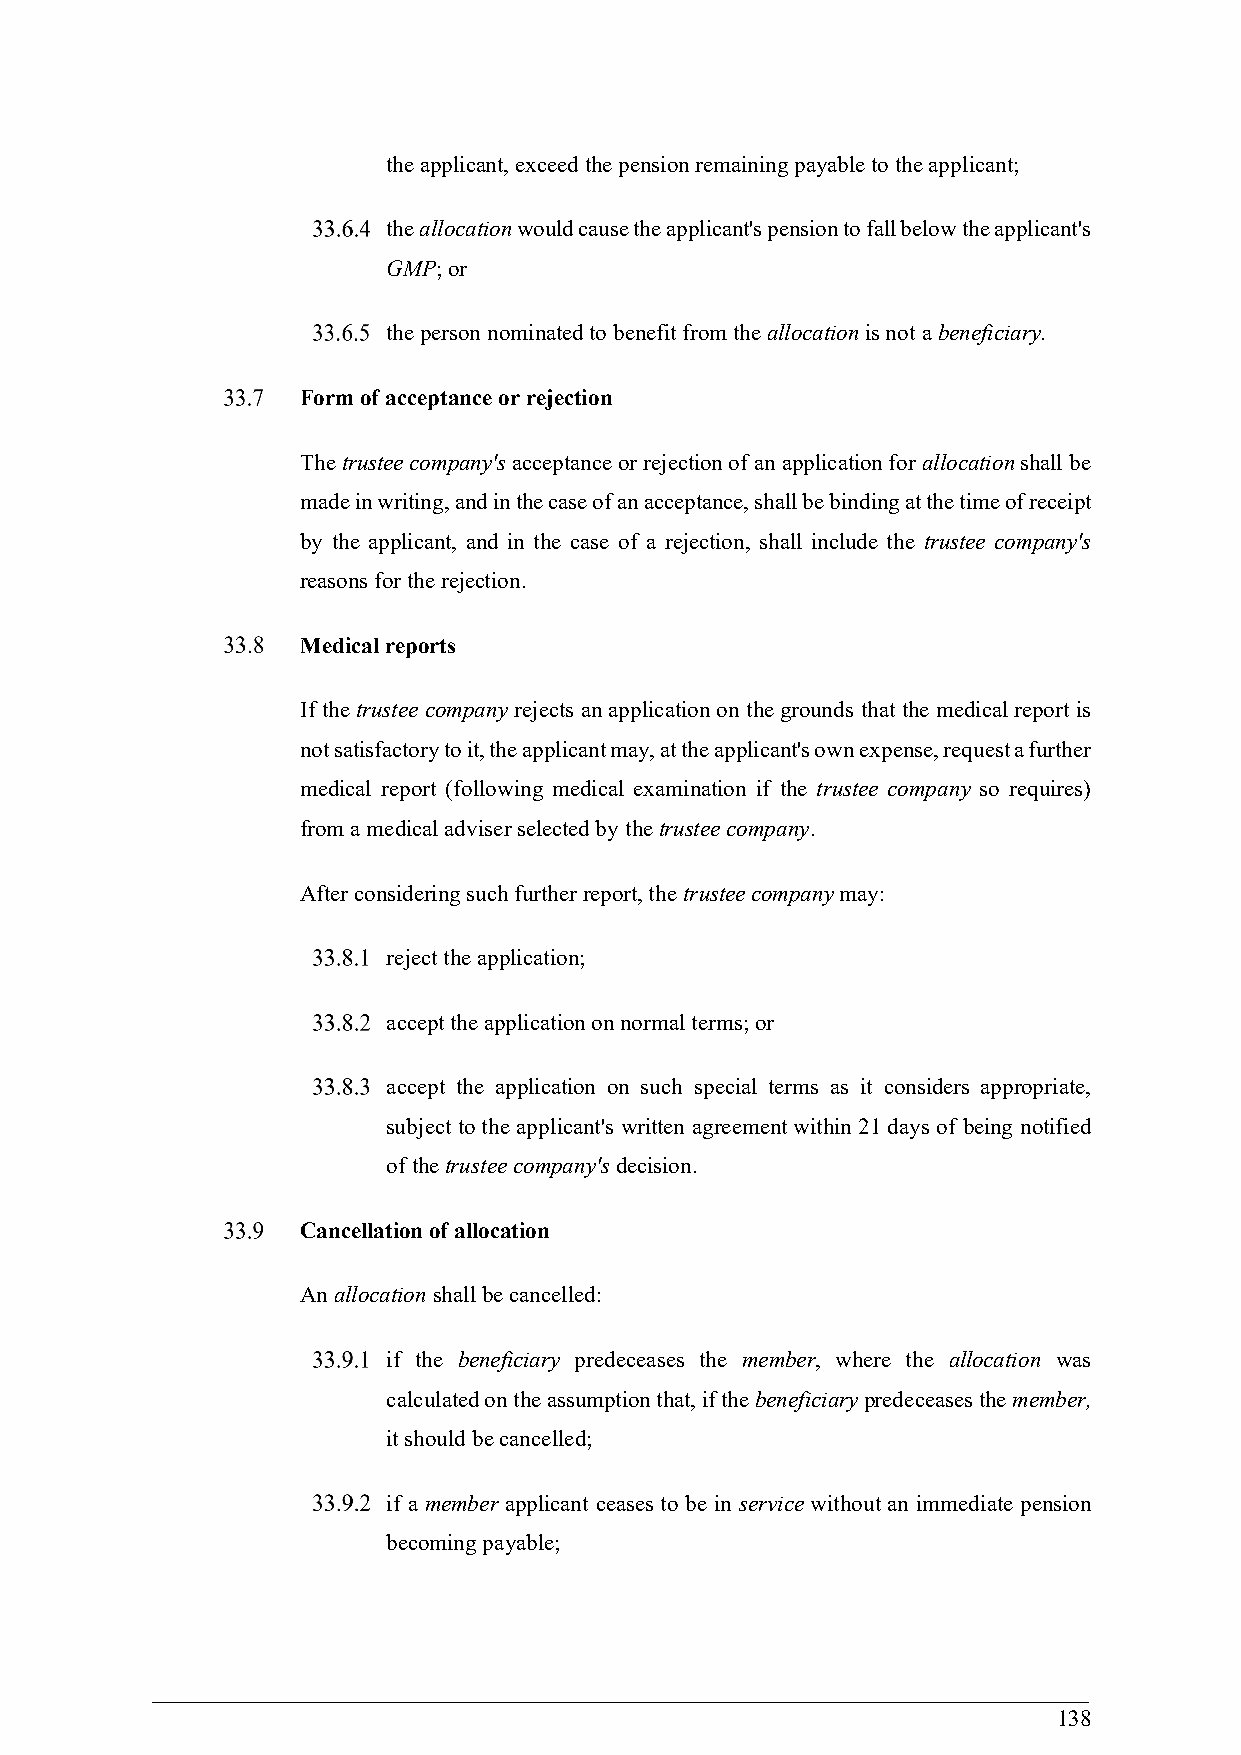
the applicant, exceed the pension remaining payable to the applicant;
 the allocation would cause the applicant's pension to fall below the applicant's
 GMP; or
 the person nominated to benefit from the allocation is not a beneficiary.
 Form of acceptance or rejection
 The trustee company's acceptance or rejection of an application for allocation shall be
 made in writing, and in the case of an acceptance, shall be binding at the time of receipt
 by the applicant, and in the case of a rejection, shall include the trustee company's
 reasons for the rejection.
 Medical reports
 If the trustee company rejects an application on the grounds that the medical report is
 not satisfactory to it, the applicant may, at the applicant's own expense, request a further
 medical report (following medical examination if the trustee company so requires)
 from a medical adviser selected by the trustee company.
 After considering such further report, the trustee company may:
 reject the application;
 accept the application on normal terms; or
 accept the application on such special terms as it considers appropriate,
 subject to the applicant's written agreement within 21 days of being notified
 of the trustee company's decision.
 Cancellation of allocation
 An allocation shall be cancelled:
 if the beneficiary predeceases the member, where the allocation was
 calculated on the assumption that, if the beneficiary predeceases the member,
 it should be cancelled;
 if a member applicant ceases to be in service without an immediate pension
 becoming payable;
 138